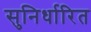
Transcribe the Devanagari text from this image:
सुनिर्धारित